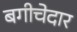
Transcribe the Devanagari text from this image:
बगीचेदार